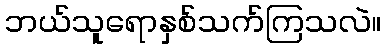
ဘယ်သူရောနှစ်သက်ကြသလဲ။